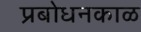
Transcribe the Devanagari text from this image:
प्रबोधनकाळ